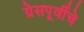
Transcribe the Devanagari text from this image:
ग्रेसपूर्वीचे